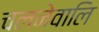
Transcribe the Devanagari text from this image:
चलनेवालि